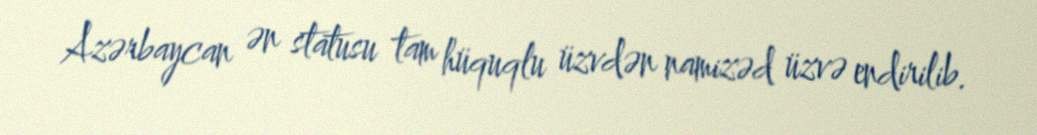
Azərbaycan ən statusu tam hüquqlu üzvdən namizəd üzvə endirilib.